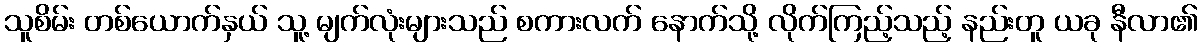
သူစိမ်း တစ်ယောက်နှယ် သူ့ မျက်လုံးများသည် စကားလက် နောက်သို့ လိုက်ကြည့်သည့် နည်းတူ ယခု နီလာ၏